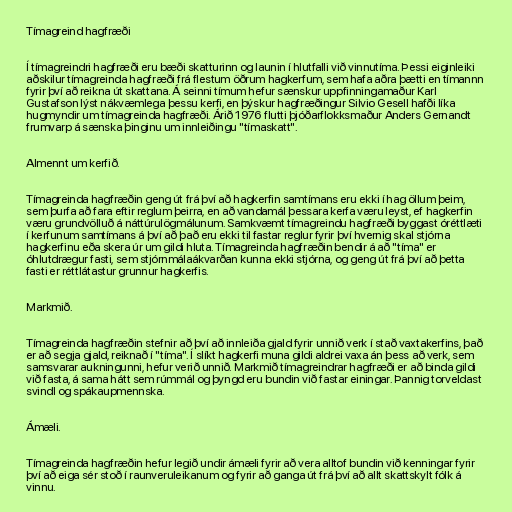
Tímagreind hagfræði

Í tímagreindri hagfræði eru bæði skatturinn og launin í hlutfalli við vinnutíma. Þessi eiginleiki
aðskilur tímagreinda hagfræði frá flestum öðrum hagkerfum, sem hafa aðra þætti en tímannn
fyrir því að reikna út skattana. Á seinni tímum hefur sænskur uppfinningamaður Karl
Gustafson lýst nákvæmlega þessu kerfi, en þýskur hagfræðingur Silvio Gesell hafði líka
hugmyndir um tímagreinda hagfræði. Árið 1976 flutti þjóðarflokksmaður Anders Gernandt
frumvarp á sænska þinginu um innleiðingu "tímaskatt".

Almennt um kerfið.

Tímagreinda hagfræðin geng út frá því að hagkerfin samtímans eru ekki í hag öllum þeim,
sem þurfa að fara eftir reglum þeirra, en að vandamál þessara kerfa væru leyst, ef hagkerfin
væru grundvölluð á náttúrulögmálunum. Samkvæmt tímagreindu hagfræði byggast óréttlæti
í kerfunum samtímans á því að það eru ekki til fastar reglur fyrir því hvernig skal stjórna
hagkerfinu eða skera úr um gildi hluta. Tímagreinda hagfræðin bendir á að "tíma" er
óhlutdrægur fasti, sem stjórnmálaákvarðan kunna ekki stjórna, og geng út frá því að þetta
fasti er réttlátastur grunnur hagkerfis.

Markmið.

Tímagreinda hagfræðin stefnir að því að innleiða gjald fyrir unnið verk í stað vaxtakerfins, það
er að segja gjald, reiknað í "tíma". Í slíkt hagkerfi muna gildi aldrei vaxa án þess að verk, sem
samsvarar aukningunni, hefur verið unnið. Markmið tímagreindrar hagfræði er að binda gildi
við fasta, á sama hátt sem rúmmál og þyngd eru bundin við fastar einingar. Þannig torveldast
svindl og spákaupmennska.

Ámæli.

Tímagreinda hagfræðin hefur legið undir ámæli fyrir að vera alltof bundin við kenningar fyrir
því að eiga sér stoð í raunveruleikanum og fyrir að ganga út frá því að allt skattskylt fólk á
vinnu.